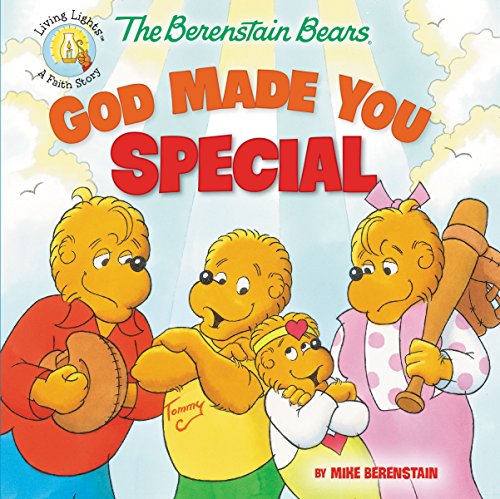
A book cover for The Berenstain Bears God Made You Special (Berenstain Bears/Living Lights); Mike Berenstain; Education & Teaching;